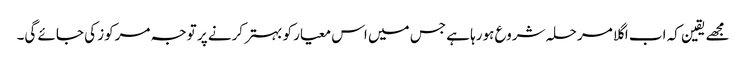
مجھے یقین کہ اب اگلا مرحلہ شروع ہورہا ہے جس میں اس معیار کو بہتر کرنے پر توجہ مرکوز کی جائے گی۔